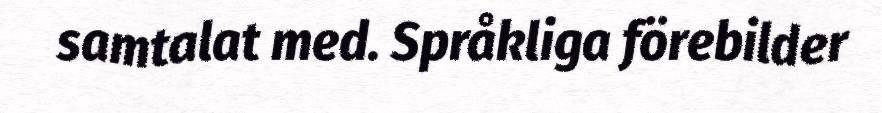
samtalat med. Språkliga förebilder